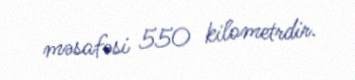
məsafəsi 550 kilometrdir.